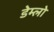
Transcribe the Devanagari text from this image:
डेम्लो